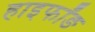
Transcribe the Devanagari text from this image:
हाइफॉङ